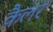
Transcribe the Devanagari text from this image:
कैलर